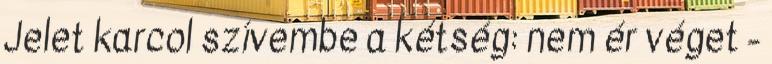
Jelet karcol szívembe a kétség: nem ér véget -